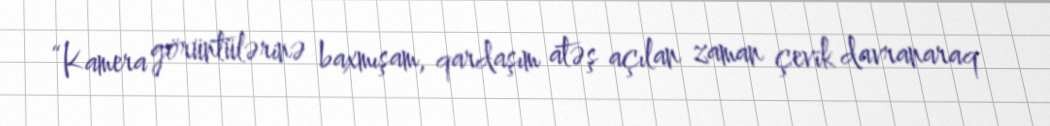
“Kamera görüntülərinə baxmışam, qardaşım atəş açılan zaman çevik davranaraq